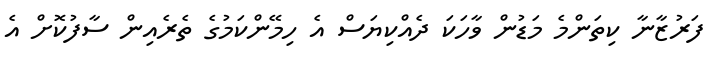
ފަރުޒާނާ ކިތަންމެ މަޑުން ވާހަކަ ދެއްކިޔަސް އެ ހިމޭންކަމުގެ ތެރެއިން ސާފުކޮށް އެ